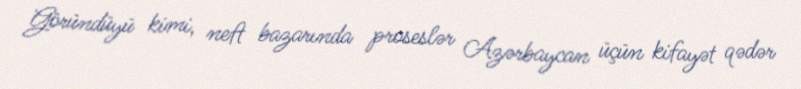
Göründüyü kimi, neft bazarında proseslər Azərbaycan üçün kifayət qədər